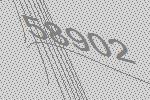
58902